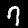
Digit: 7